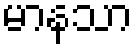
မာနသာ